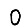
Digit: 0